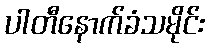
ပါတီနောက်ခံသမိုင်း